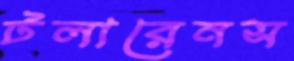
টলারেনস